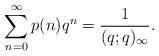
LaTeX: \begin{align*}\sum_{n=0}^{\infty}p(n)q^{n}=\dfrac{1}{(q;q)_{\infty}}.\end{align*}